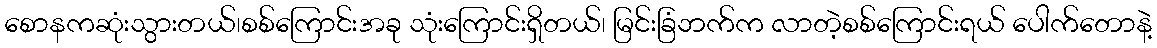
စောနကဆုံးသွားတယ်၊စစ်ကြောင်းအခု သုံးကြောင်းရှိတယ်၊ မြင်းခြံဘက်က လာတဲ့စစ်ကြောင်းရယ် ပေါက်တောနဲ့